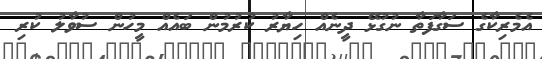
އެމެރިކާގެ ސަގާފަތާ ނުގުޅޭ ދީނެއް ހިޔާރު ކުރުމުން ބައެއް މީހުން ސުވާލު ކުރި